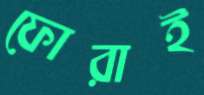
ফোরাই